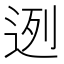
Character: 迾